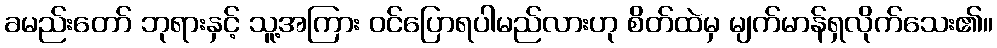
ခမည်းတော် ဘုရားနှင့် သူ့အကြား ဝင်ပြောရပါမည်လားဟု စိတ်ထဲမှ မျက်မာန်ရှလိုက်သေး၏။